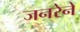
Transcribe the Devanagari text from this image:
जनरेने